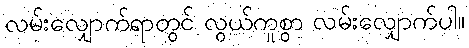
လမ်းလျှောက်ရာတွင် လွယ်ကူစွာ လမ်းလျှောက်ပါ။